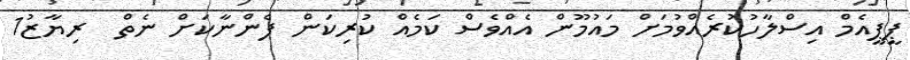
ޕީޕީއެމް އިސްލާހުކުރެއްވުމަށް މައުމޫން އެއްވެސް ކަމެއް ކުރިކަން ފެންނާކަށް ނެތް  ރިޔާޒު1